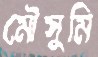
মৌসুমি